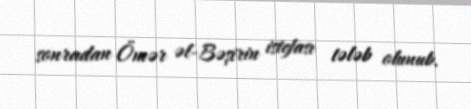
sonradan Ömər əl-Bəşirin istefası tələb olunub.